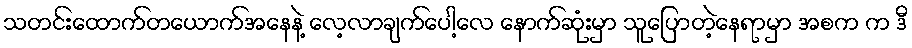
သတင်းထောက်တယောက်အနေနဲ့ လေ့လာချက်ပေါ့လေ နောက်ဆုံးမှာ သူပြောတဲ့နေရာမှာ အစက က ဒီ